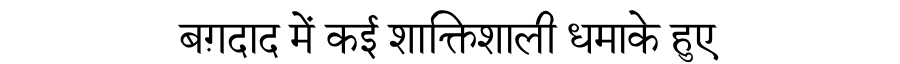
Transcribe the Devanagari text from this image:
बग़दाद में कई शाक्तिशाली धमाके हुए